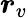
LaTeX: \boldsymbol{r}_{v}